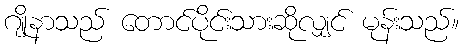
ဂျိုနာသည် တောင်ပိုင်းသားဆိုလျှင် မုန်းသည်။